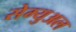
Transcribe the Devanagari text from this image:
सेम्‍युअल